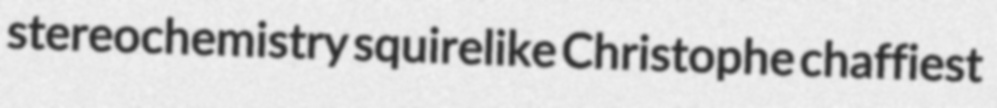
stereochemistry squirelike Christophe chaffiest